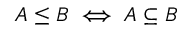
A \leq B \iff A \subseteq B